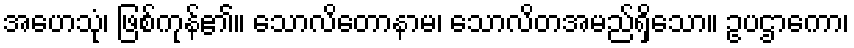
အဟေသုံ၊ ဖြစ်ကုန်၏။ သောလိတောနာမ၊ သောလိတအမည်ရှိသော။ ဥပဌာကော၊